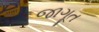
જાગૂત